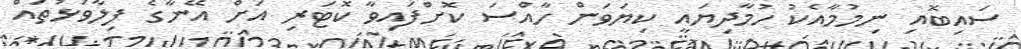
ސައިބޮއި ނިމުމާއެކު ހުމާދިޔައީ ކިޔަވަން ހާއްސަ ކޮށްފައިވާ ކޮޓަރި އަށް އޭނާގެ ފިލާވަޅުތައް